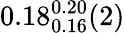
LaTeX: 0.18_{0.16}^{0.20}(2)